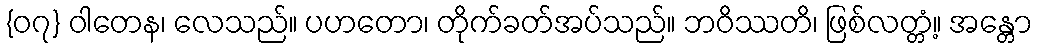
{၀၇} ဝါတေန၊ လေသည်။ ပဟတော၊ တိုက်ခတ်အပ်သည်။ ဘဝိဿတိ၊ ဖြစ်လတ္တံ့။ အန္တော